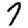
Digit: 7